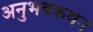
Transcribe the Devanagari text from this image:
अनुभवकथन